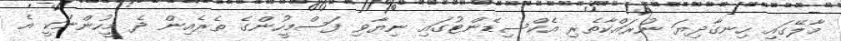
މާލޭގައި ހިނގާދިޔަ ނުރައްކާތެރި އެކްސިޑެންޓުގައި ނިޔާވި ފަސްމީހުންގެ ތެރެއިން ދެ މީހުންނަކީ އެ